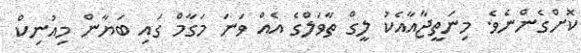
ކޮށްގެންނެވެ. މިނަތީޖާއާއެކު ލީގް ތާވަލްގެ އެއް ވަނަ މަގާމް ގައި ބަޔާން މިއުނިކް